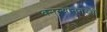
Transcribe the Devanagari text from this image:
बनल्यानंतरची